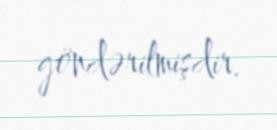
göndərilmişdir.